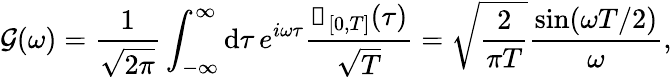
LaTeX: \mathcal{G}(\omega)=\frac{1}{\sqrt{2\pi}}\int_{-\infty}^{\infty}\mathrm{d}\tau\, e^{i\omega\tau}\frac{\mathbb{1}_{[0,T]}(\tau)}{\sqrt{T}}=\sqrt{\frac{2}{\pi T}}\frac{\sin(\omega T/2)}{\omega},